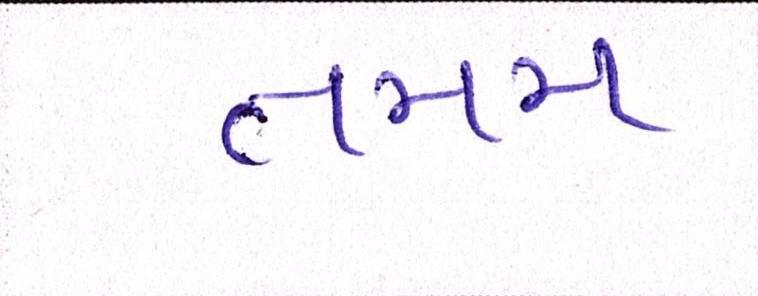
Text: તમમ